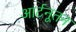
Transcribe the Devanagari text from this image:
आर्टनूतन